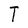
Character: T